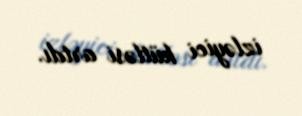
izləyici kütləsi artdı.